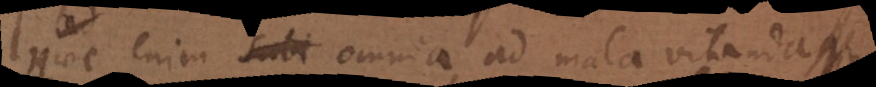
Haec enim subi omnia ad mala vitanda